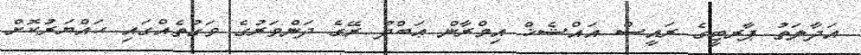
އަދާލަތު ޕާރޓީގެ ރައީސް އައްޝެޚް އިމްރާން ޢަބްދު ރޭގެ ދަންވަރުގެ ވަގުތެއްގައި ހައްޔަރުކޮށް